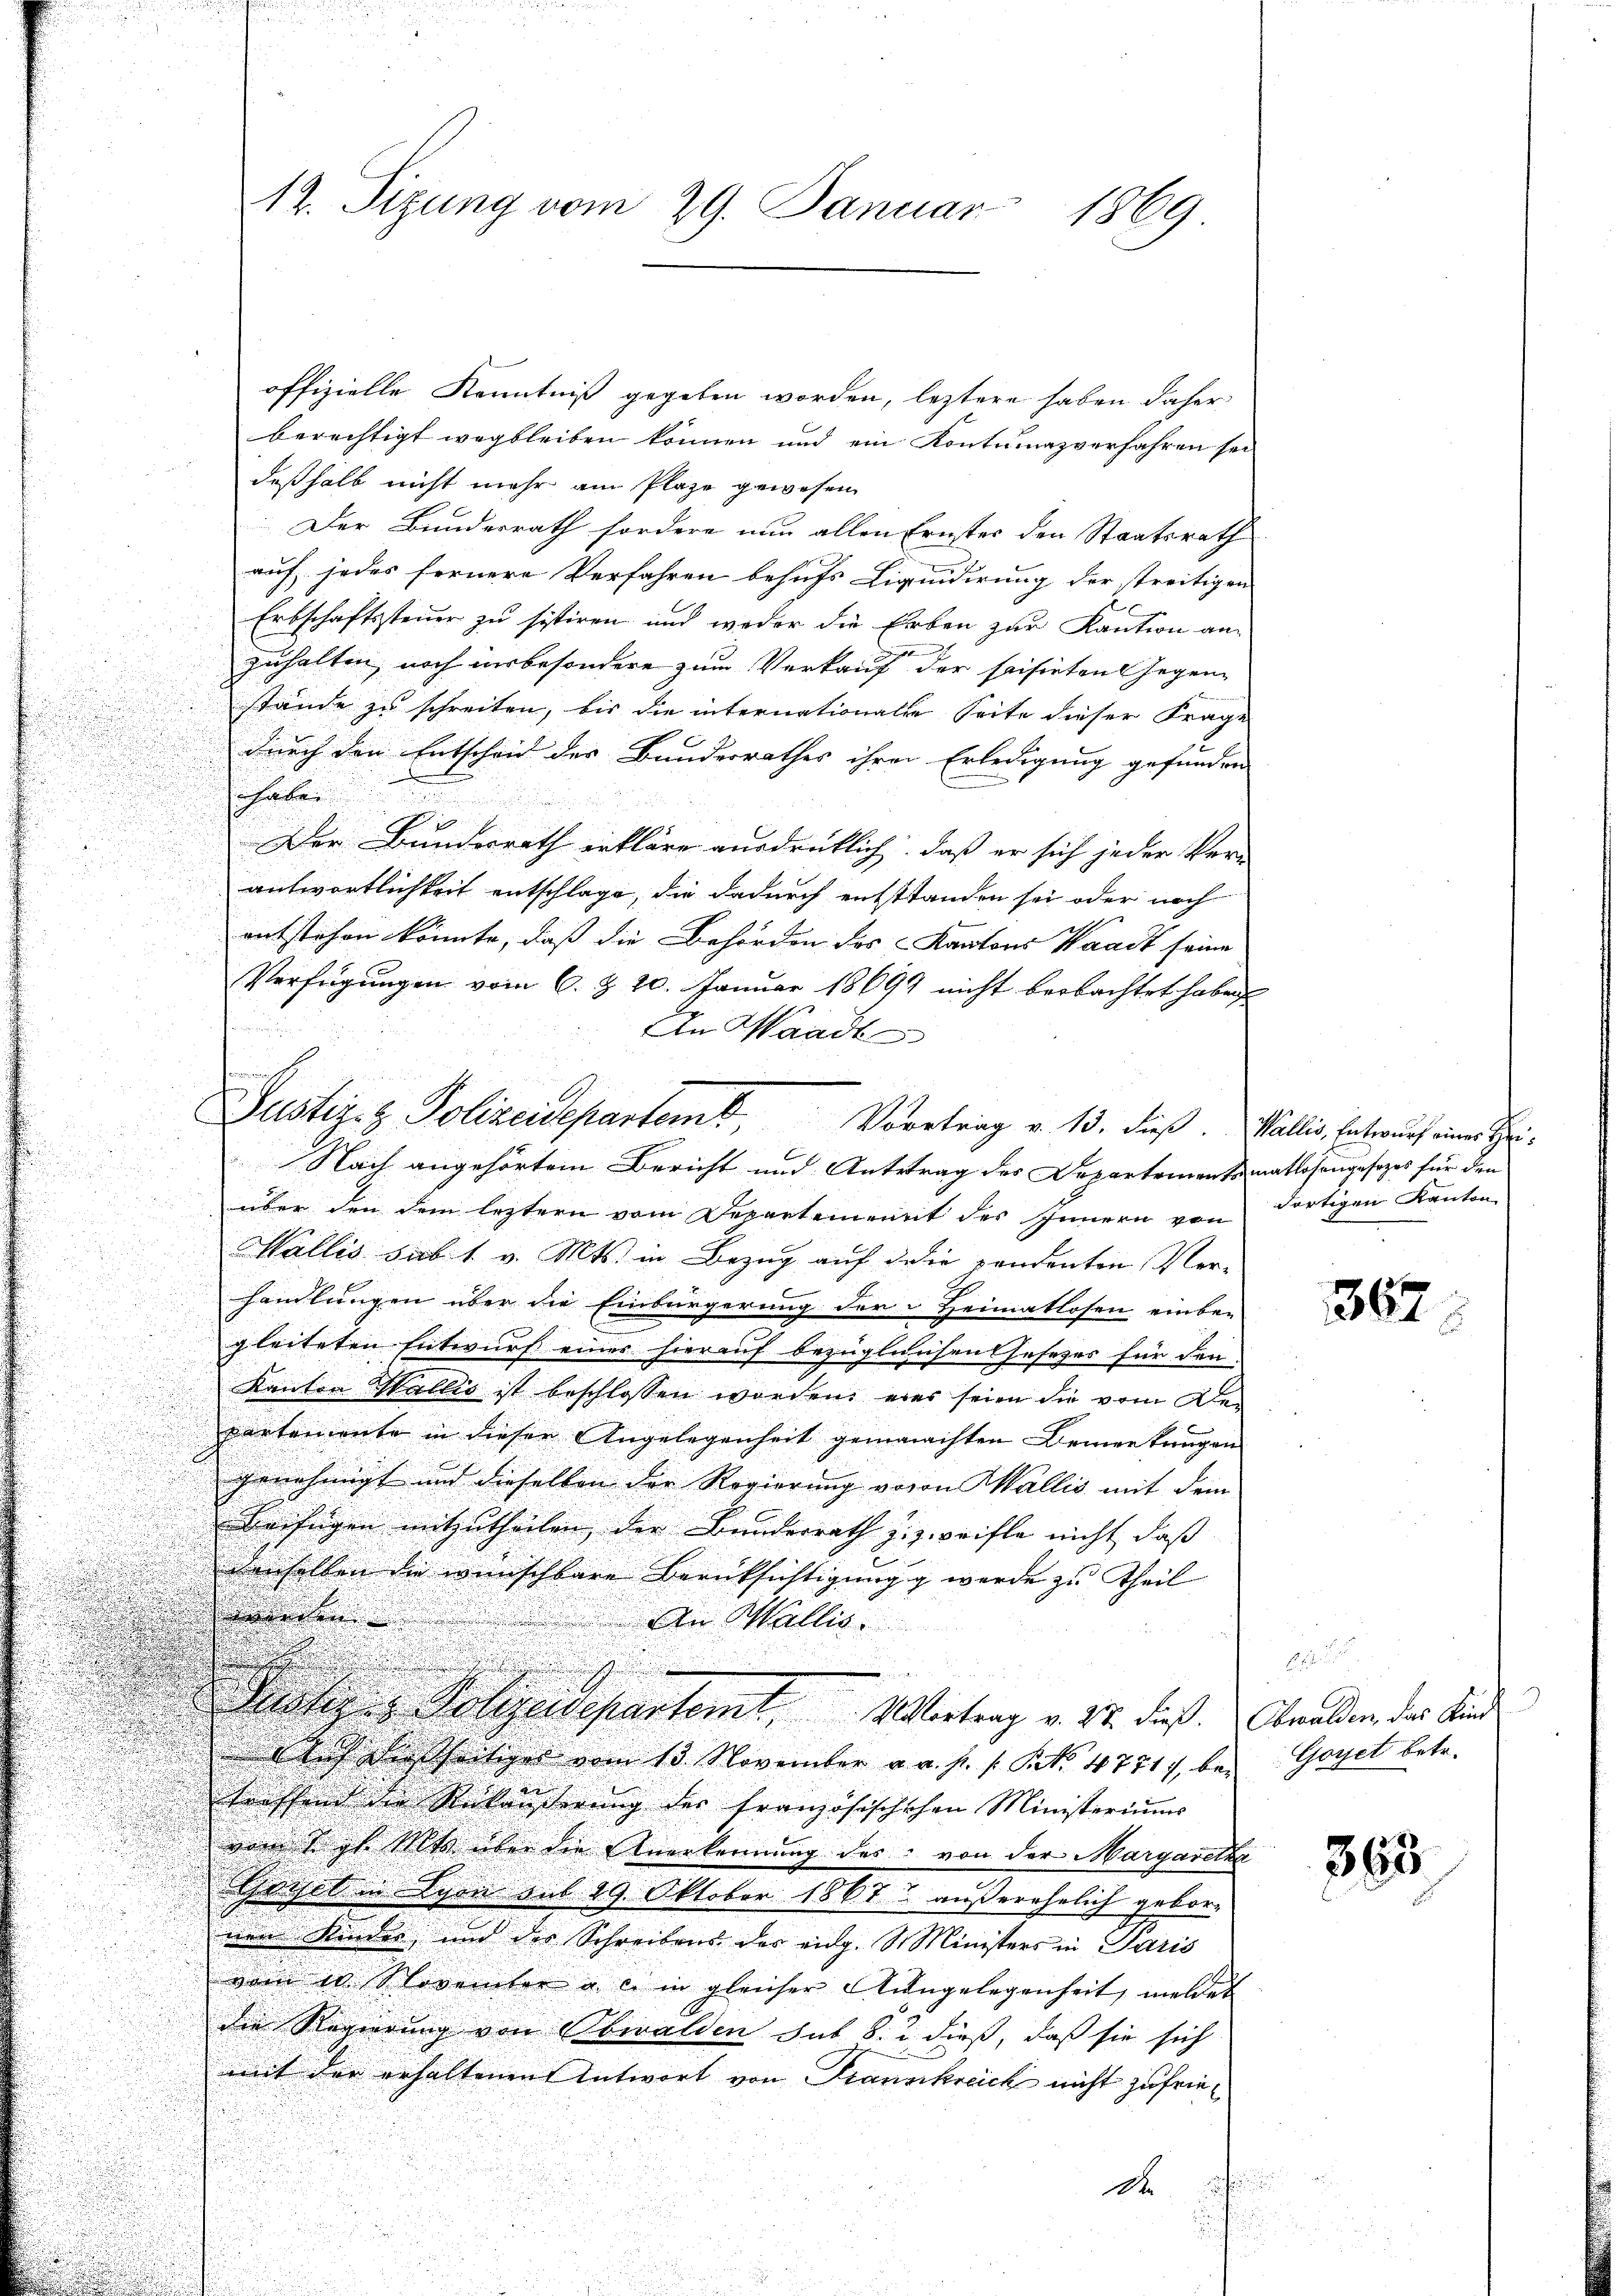
offizielle Kenntniß gegeben worden, leztere haben daher
berechtigt wegbleiben können und ein Kontumazverfahren sei
deßhalb nicht mehr ain Plaze gewesen
Der Bundesrath fordere nun allen Ernster den Staatsrath
auf jedes fernere Verfahren behufs Liquidirung der streitigen
Erbschaftssteuer zu sistiren und weder die Erben zur Kaution an-
e
zuhalten noch insbesondere zum Verkauf der seisirten Gegenstände zu schreiten, bis die internationalse Seite dieser Frage
durch den Entscheid der Bundesrathes ihrer Erledigung gefunden
n
he
Der Bundesrath erkläre ausdrüklich, daß er sich jeder Ver-
antwortlichkeit entschlage, die dadurch entstanden sei oder noch
entstehen könnte, daß die Behörden des Kantons Waadt seine
Verfügungen vom 6. d. 20. Januar 18699 nicht beobachtet haben

Nach angehörtem Bericht und Untertrag des Departementsmatlosengesezes für den
.

über den dem leztern vom Departement des Innern von

 50

Wallis sub 1. v. Mts. in Bezug auf die pendenten Ver¬

handlungen über die Einbürgerung der Heimatlosen einber
d

.
gleiteten Entwurf einer hierauf bezüglichen Gesezes für den
u
Kanton Wallis ist beschlossen worden, eins seien die vom De¬
.
partemente in dieser Angelegenheit gemachten Bemerkungen
genehmigt und dieselben der Regierung voran Wallis mit dem
Beifügen mitzutheilen, der Bunderrath zugreifle nicht, daß
denselben die wünschbare Berücksichtigungg werde zu Theil
aeren
An Wallis.

si Geleidepartemt Vortrag v. 17. dieß. Obwalden des Kind
auch die seitiger vom 13. November a. a. p. s. S. 4771, be-
sfind der Rückäußerung der Französischschen Ministeriums
von sagt seits über die Anerkennung des von der Margarette
Geiel in Lyon aus 29. Oktober 1867 außerehrlich gebornen Kinder und des Schreibens des eidg. S. Ministers in Paris
vom in Novemter u. c. in gleicher Angelegenheit, meldet
die Regierung von Obwalden sub 8. u. dieß, daß sie sich
mit der erhaltenen Antwort von Frankreich nicht zufrie¬
A
u

.
i

12. Sizung vom 29. Januar 1869

i
An Waadt
e
Justiz- & Polizeidepartem Vortrag v. 13. dieß. Wallis, Entwurf eines Hei¬

dortigen Kanton

367

Goyet betr.

363